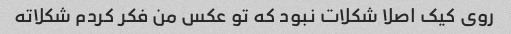
روی کیک اصلا شکلات نبود که تو عکس من فکر کردم شکلاته